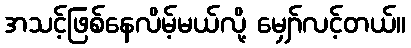
အသင့်ဖြစ်နေလိမ့်မယ်လို့ မျှော်လင့်တယ်။